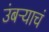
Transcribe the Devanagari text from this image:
उंबऱ्याचं